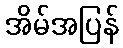
အိမ်အပြန်